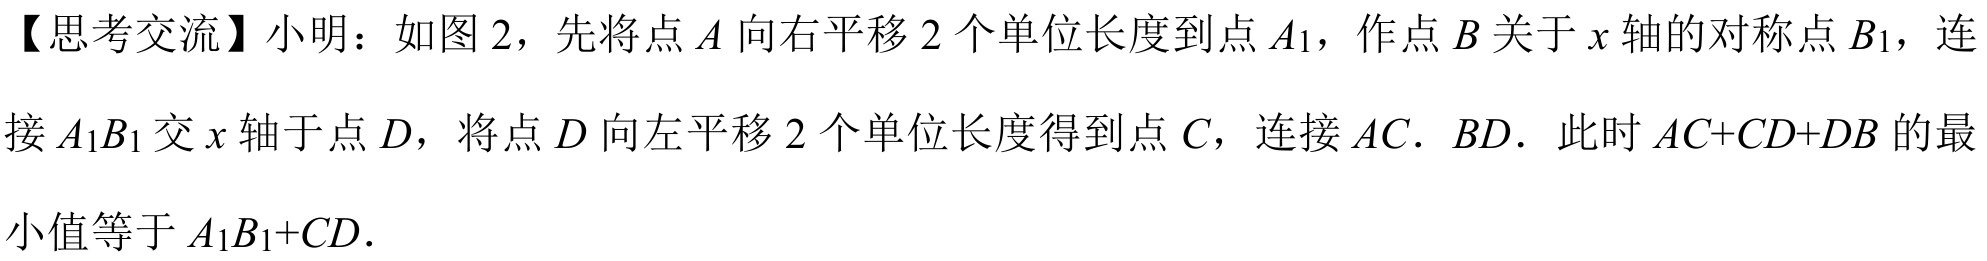
【思考交流】小明：如图 2，先将点 \(A\) 向右平移 \(2\) 个单位长度到点 \(A_{1}\)，作点 \(B\) 关于 \(x\) 轴的对称点 \(B_{1}\)，连接 \(A_{1}B_{1}\) 交 \(x\) 轴于点 \(D\)，将点 \(D\) 向左平移 \(2\) 个单位长度得到点 \(C\)，连接 \(AC\). \(BD\). 此时 \(AC + CD+DB\) 的最小值等于 \(A_{1}B_{1}+CD\).